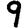
Digit: 9